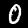
Label: 0